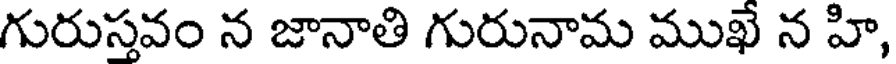
గురుస్తవం న జానాతి గురునామ ముఖే న హి,